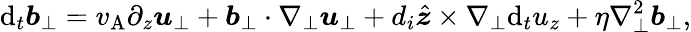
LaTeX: \mathrm{d}_{t}\boldsymbol{b}_{\perp}=v_{\mathrm{A}}\partial_{z}\boldsymbol{u}_{\perp}+\boldsymbol{b}_{\perp}\cdot\nabla_{\perp}\boldsymbol{u}_{\perp}+d_{i}\hat{\boldsymbol{z}}\times\nabla_{\perp}\mathrm{d}_{t}u_{z}+\eta\nabla_{\perp}^{2}\boldsymbol{b}_{\perp},